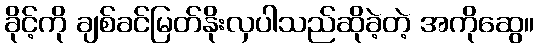
ခိုင့်ကို ချစ်ခင်မြတ်နိုးလှပါသည်ဆိုခဲ့တဲ့ အကိုဆွေ။